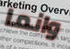
وانما